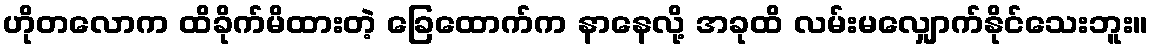
ဟိုတလောက ထိခိုက်မိထားတဲ့ ခြေထောက်က နာနေလို့ အခုထိ လမ်းမလျှောက်နိုင်သေးဘူး။